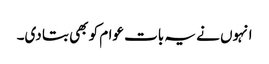
انہوں نے یہ بات عوام کو بھی بتا دی۔